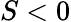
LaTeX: S<0